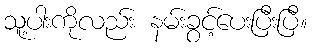
သူ့ပါးကိုလည်း နမ်းခွင့်ပေးပြီးပြီ။